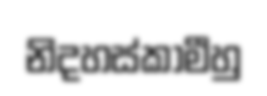
නිදහස්කාමීහු